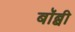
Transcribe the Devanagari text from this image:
बॉब्बी